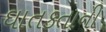
ઘાતકતાની